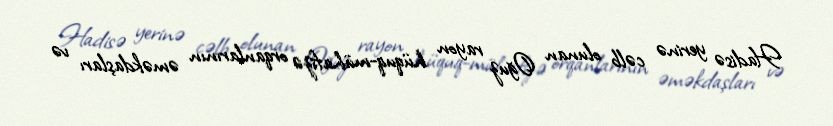
Hadisə yerinə cəlb olunan Oğuz rayon hüquq-mühafizə orqanlarının əməkdaşları və